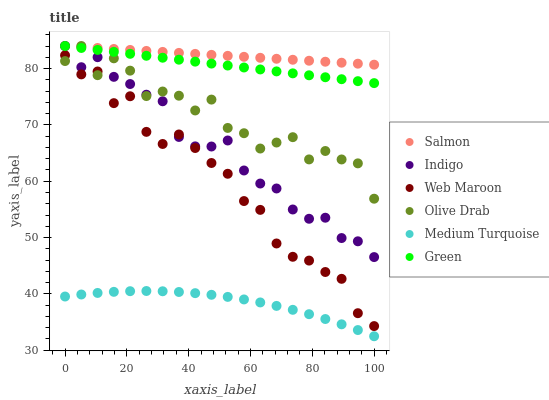
| xaxis_label | Salmon | Indigo | Web Maroon | Olive Drab | Medium Turquoise | Green |
 | --- | --- | --- | --- | --- | --- | --- |
 | 0 | 84 | 84 | 82.4 | 81.3 | 39.5 | 84 |
 | 5.26 | 83.8 | 80.2 | 79 | 84 | 39.9 | 83.7 |
 | 10.5 | 83.7 | 82 | 79.5 | 78.8 | 40.2 | 83.3 |
 | 15.8 | 83.5 | 78.5 | 73.9 | 81.8 | 40.4 | 83 |
 | 21.1 | 83.3 | 77.3 | 75.1 | 79.6 | 40.5 | 82.6 |
 | 26.3 | 83.1 | 75.4 | 68.8 | 75.1 | 40.5 | 82.3 |
 | 31.6 | 83 | 74.2 | 66.6 | 75.9 | 40.5 | 81.9 |
 | 36.8 | 82.8 | 67.9 | 68.3 | 75.2 | 40.3 | 81.6 |
 | 42.1 | 82.6 | 66.2 | 65.9 | 72.6 | 40.1 | 81.2 |
 | 47.4 | 82.4 | 66.2 | 63.2 | 74.5 | 39.8 | 80.9 |
 | 52.6 | 82.3 | 67.2 | 61.3 | 69.5 | 39.5 | 80.5 |
 | 57.9 | 82.1 | 61.9 | 56.5 | 68.5 | 39 | 80.2 |
 | 63.2 | 81.9 | 59.6 | 54.9 | 65.8 | 38.5 | 79.8 |
 | 68.4 | 81.7 | 58.7 | 49 | 66.9 | 37.9 | 79.5 |
 | 73.7 | 81.6 | 55 | 46.6 | 67.8 | 37.2 | 79.1 |
 | 78.9 | 81.4 | 53.3 | 45.9 | 63.9 | 36.4 | 78.8 |
 | 84.2 | 81.2 | 53.5 | 43.9 | 65.4 | 35.5 | 78.5 |
 | 89.5 | 81 | 49.9 | 42.7 | 63.9 | 34.6 | 78.1 |
 | 94.7 | 80.9 | 49.3 | 36.6 | 63.2 | 33.6 | 77.8 |
 | 100 | 80.7 | 46.5 | 34.3 | 56.9 | 32.5 | 77.4 |